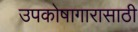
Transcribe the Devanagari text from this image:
उपकोषागारासाठी